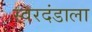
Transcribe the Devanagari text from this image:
स्वरदंडाला